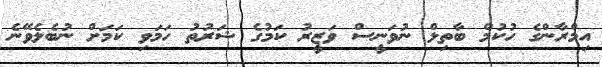
އިމްރާންގެ ހުކުމް ބާތިލް ނުވަނީސް ވަޒީރު ކަމުގެ ޝަރުތު ހަމަވި ކަމަށް ނުބެލެވޭނެ